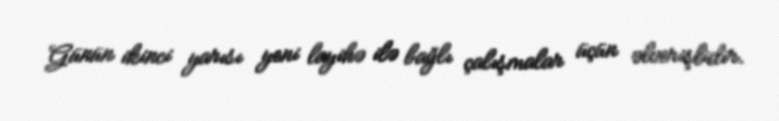
Günün ikinci yarısı yeni layihə ilə bağlı çalışmalar üçün əlverişlidir.